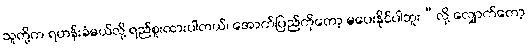
သူတို့က ရဟန်းခံမယ်လို့ ရည်စူးထားပါတယ်၊ အောက်ပြည်ကိုတော့ မပေးနိုင်ပါဘူး”လို့ လျှောက်တော့